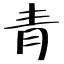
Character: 青